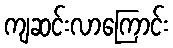
ကျဆင်းလာကြောင်း